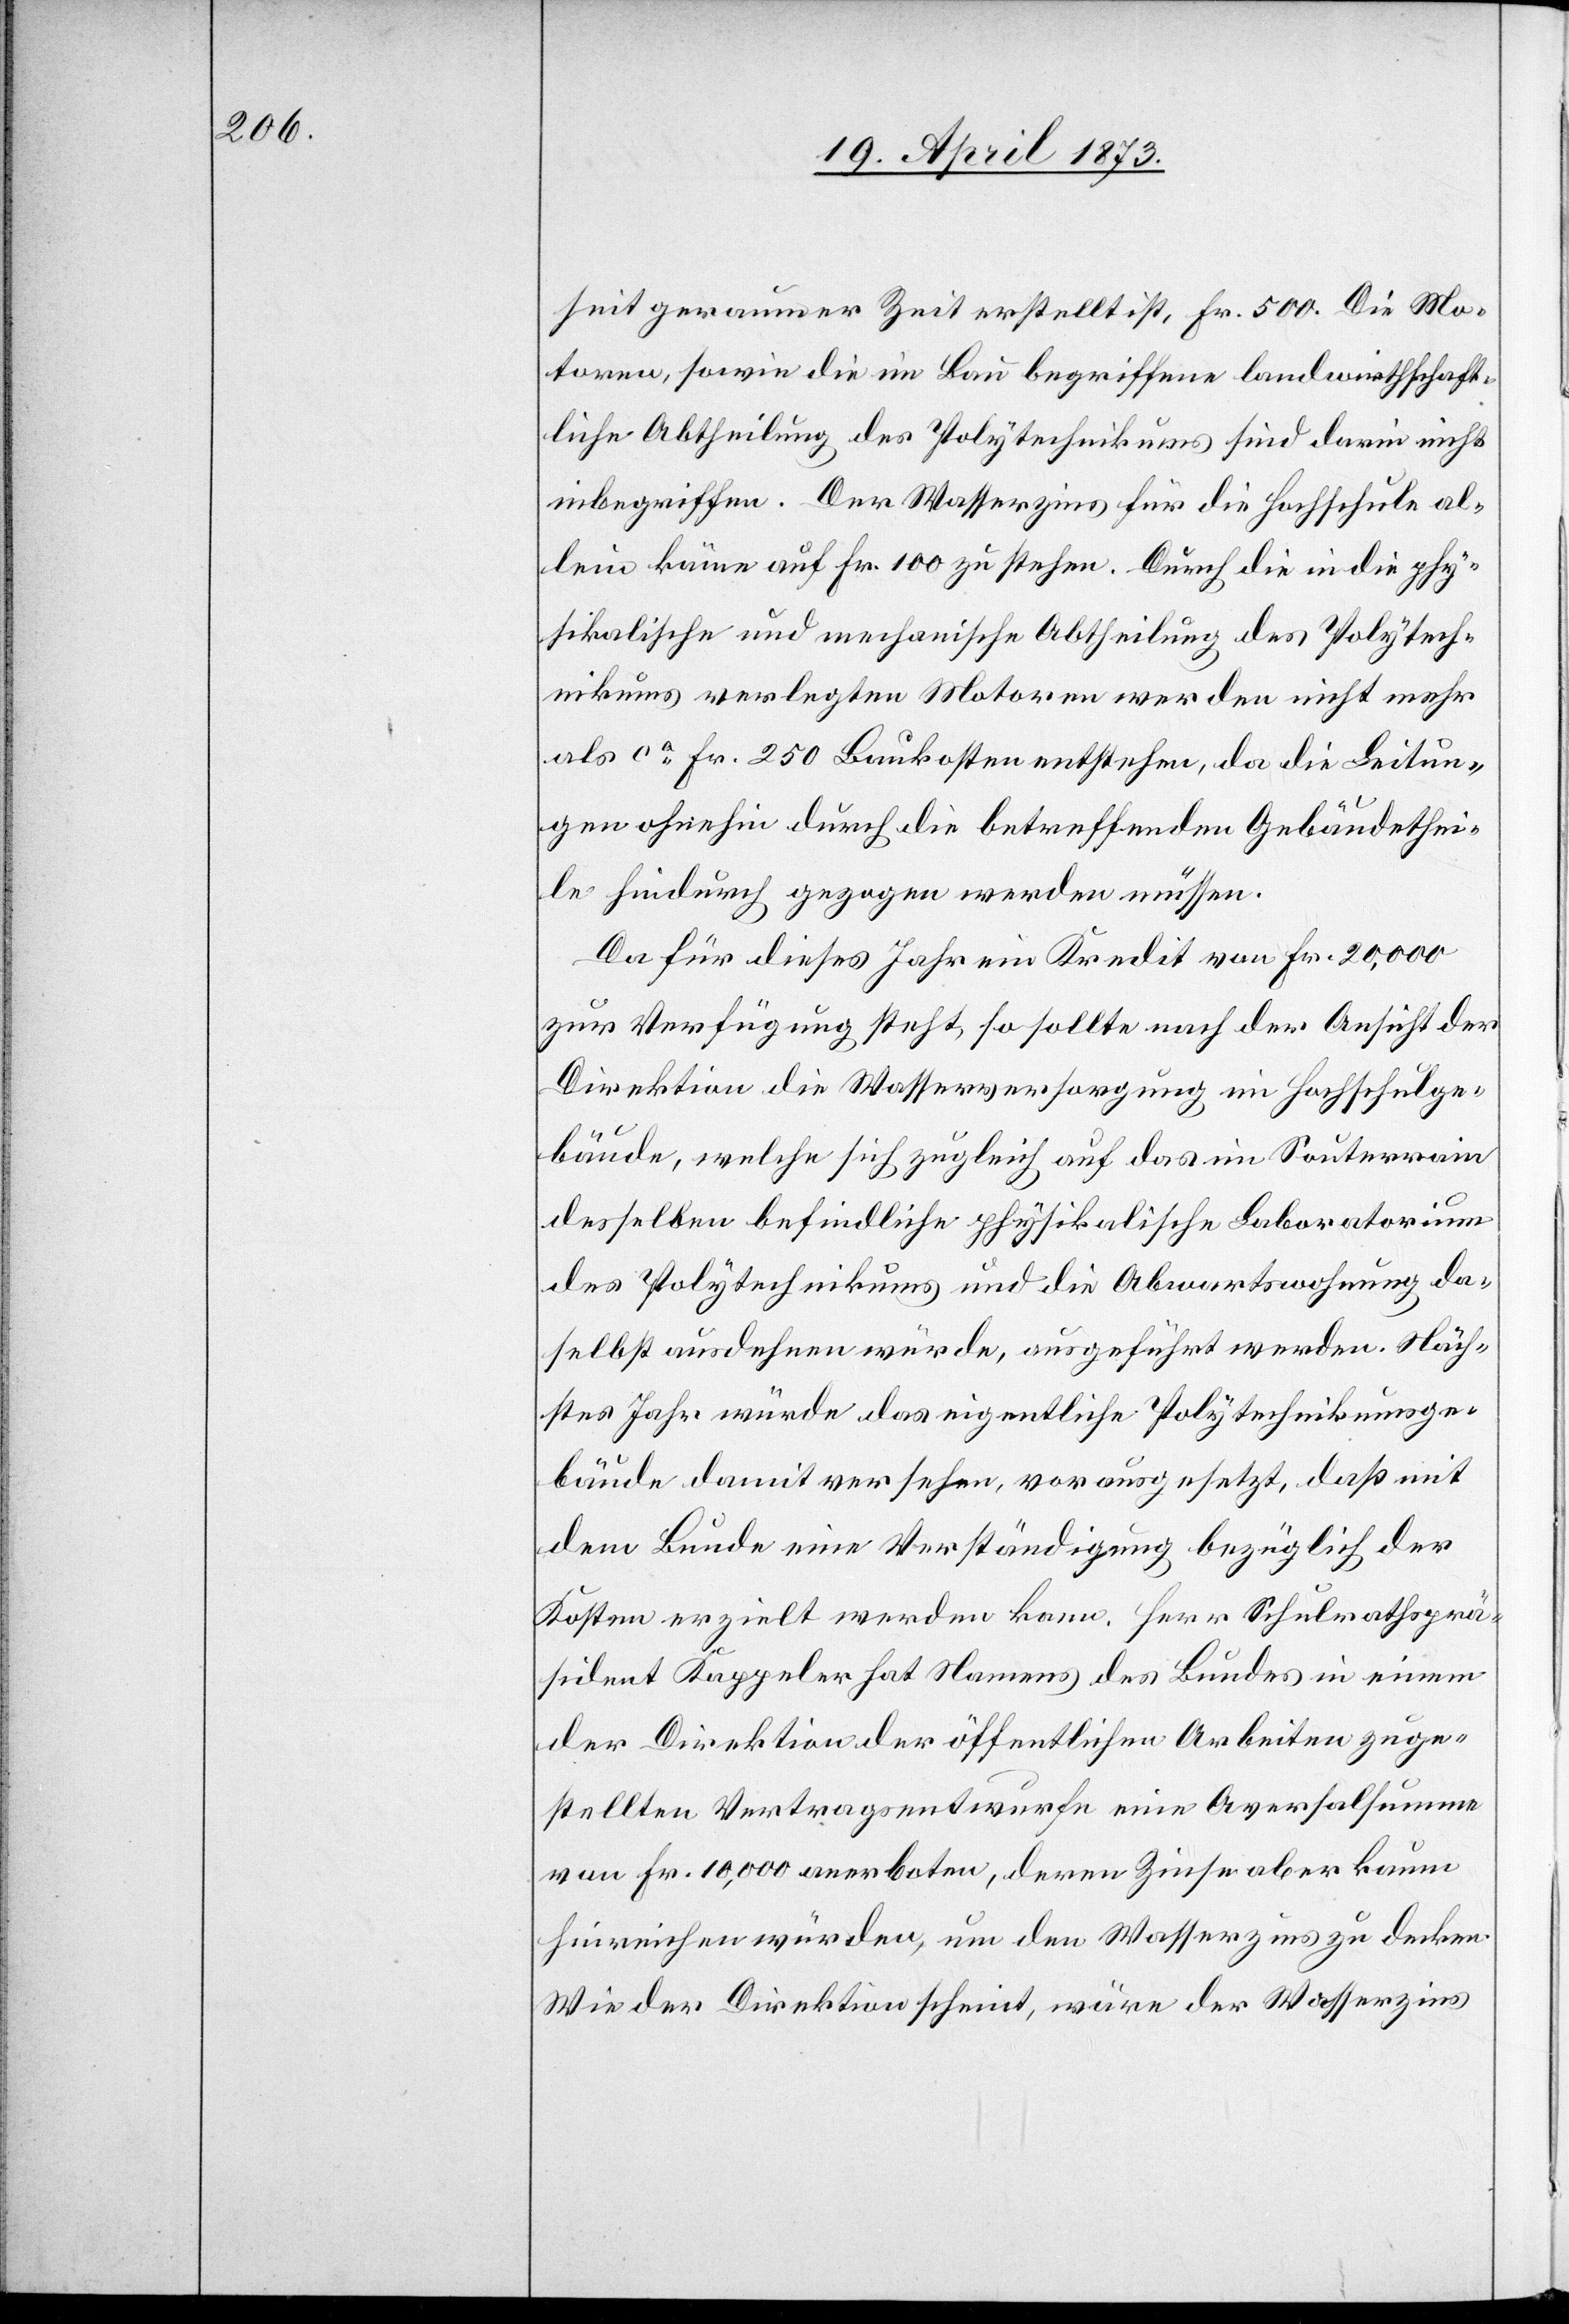
seit geraumer Zeit erstellt ist, Fr. 500. Die Mo¬
toren, sowie die im Bau begriffene landwirthschaft¬
liche Abtheilung des Polytechnikums sind darin nicht
inbegriffen. Der Wasserzins für die Hochschule al¬
lein käme auf Fr. 100 zu stehen. Durch die in die phy¬
sikalische und mechanische Abtheilung des Polytech¬
nikums verlegten Motoren werden nicht mehr
als ca Fr. 250 Baukosten entstehen, da die Leitun¬
gen ohnehin durch die betreffenden Gebäudethei¬
le hindurch gezogen werden müssen.
Da für dieses Jahr ein Kredit von Fr. 20,000
zur Verfügung steht, so sollte nach der Ansicht der
Direktion die Wasserversorgung im Hochschulge¬
bäude, welche sich zugleich auf das im Souterrain
desselben befindliche physikalische Laboratorium
des Polytechnikums und die Abwartswohnung da¬
selbst ausdehnen würde, ausgeführt werden. Näch¬
stes Jahr würde das eigentliche Polytechnikumsge¬
bäude damit versehen, vorausgesetzt, daß mit
dem Bunde eine Verständigung bezüglich der
Kosten erzielt werden kann. Herr Schulrathsprä¬
sident Kappeler hat Namens des Bundes in einem
der Direktion der öffentlichen Arbeiten zuge¬
stellten Vertragsentwurfe eine Aversalsumme
von Fr. 10,000 anerboten, deren Zinse aber kaum
hinreichen würden, um den Wasserzins zu decken.
Wie der Direktion scheint, wäre der Wasserzins